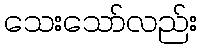
သေးသော်လည်း